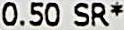
0.50 SR*